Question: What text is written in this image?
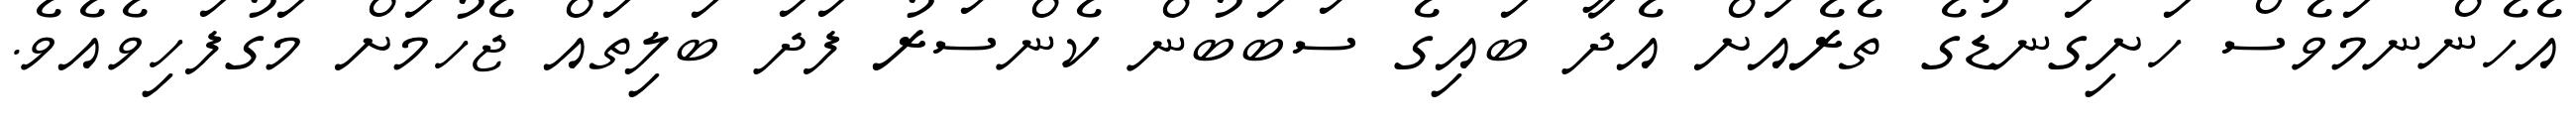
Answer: އެހެންނމަވެސް ހަށިގަނޑުގެ ތެރެއަށް އެދާ ބައިގެ ސަބަބުން ކެންސަރު ފަދަ ބަލިތައް ޖެހުމަށް މަގުފަހިވެއެވެ.